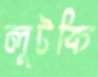
লুটকি